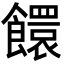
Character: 𩟁